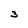
Character: 3